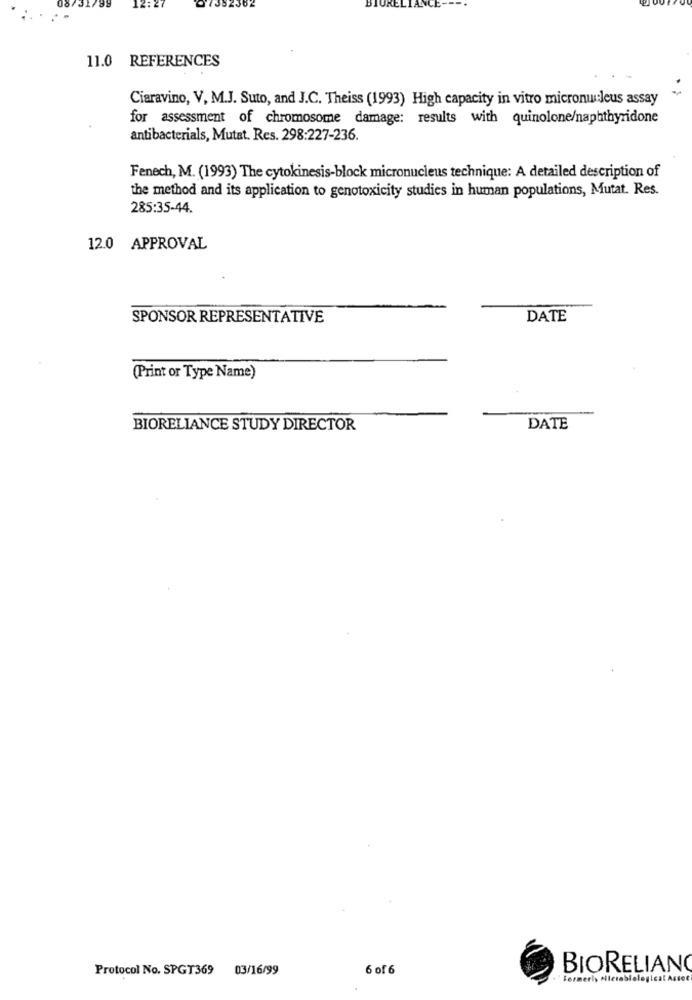
11.0 REFERENCES
Ciaravino, V, M.J. Suto, and J.C. Theiss (1993) High capacity in vitro micronuleus assay
for assessment of chromosome damage: results with quinolone/naphthyridone
antibacterials, Mutat. Res. 298:227-236.
Fenech, M. (1993) The cytokinesis-block micronucleus technique: A detailed description of
the method and its application to genotoxicity studies in human populations, Mutat. Res.
285:35-44.
12.0 APPROVAL
SPONSOR REPRESENTATIVE
DATE
(Print or Type Name)
BIORELIANCE STUDY DIRECTOR
DATE
Protocol No. SPGT369
03/16/99
6 of 6
BIORELIANO
Formerly Hierabiological Astot